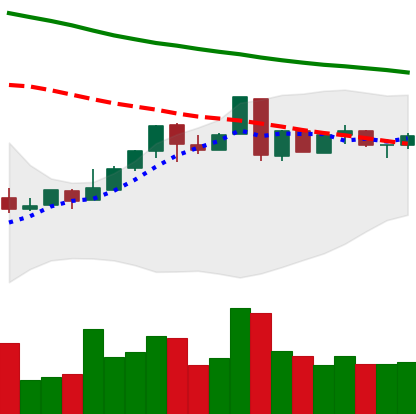
Ticker: LTC-USD
Chart end date: 2018-05-02
Forward return: 8.776%
Label: up_7plus